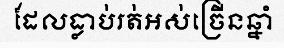
ដែលធ្លាប់រត់អស់ច្រើនឆ្នាំ